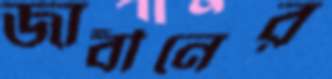
জাবীনের